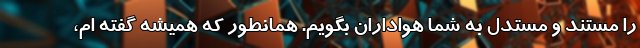
را مستند و مستدل به شما هواداران بگویم. همانطور که همیشه گفته ام،